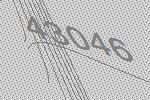
43046